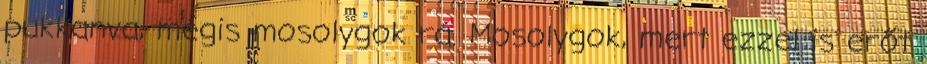
pukkanva, mégis mosolygok rá. Mosolygok, mert ezzel is erőt